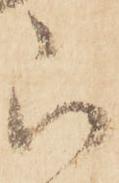
ら